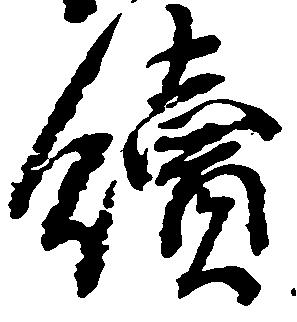
続